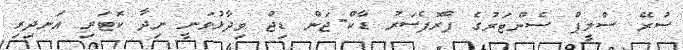
ސުރޭ ސްލީޕް ސެންޓަރުގެ ޕްރޮފެސަރު ޑާކް-ޖަން ޑިޖް ވިދާޅުވަނީ ނިދާ ކޮޓަރި އަނދިރި